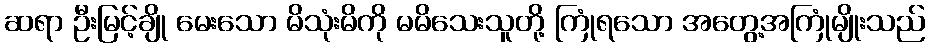
ဆရာ ဦးမြင့်ချို မေးသော မိသုံးမိကို မမိသေးသူတို့ ကြုံရသော အတွေ့အကြုံမျိုးသည်